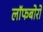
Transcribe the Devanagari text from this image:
लॉफबोरो